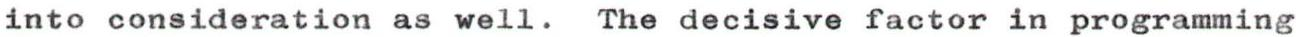
into consideration as well. The decisive factor in programming